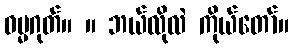
ဓမ္မဂုတ်။ ။ ဘယ်လိုလဲ ကိုယ်တော်။